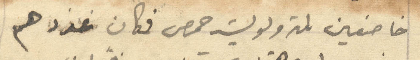
خاضعين لمتروبوليت حمص فكان عددهم